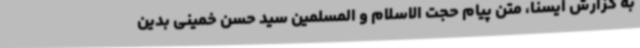
به گزارش ایسنا، متن پیام حجت الاسلام و المسلمین سید حسن خمینی بدین